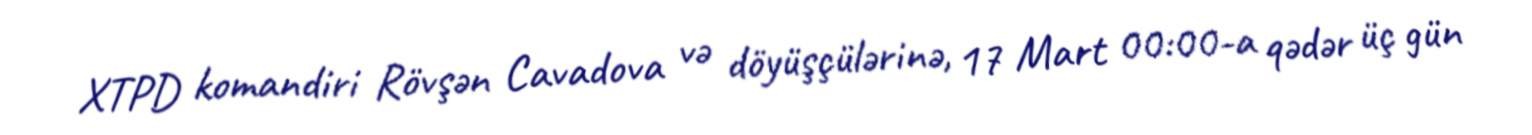
XTPD komandiri Rövşən Cavadova və döyüşçülərinə, 17 Mart 00:00-a qədər üç gün